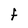
Character: F